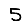
Digit: 5